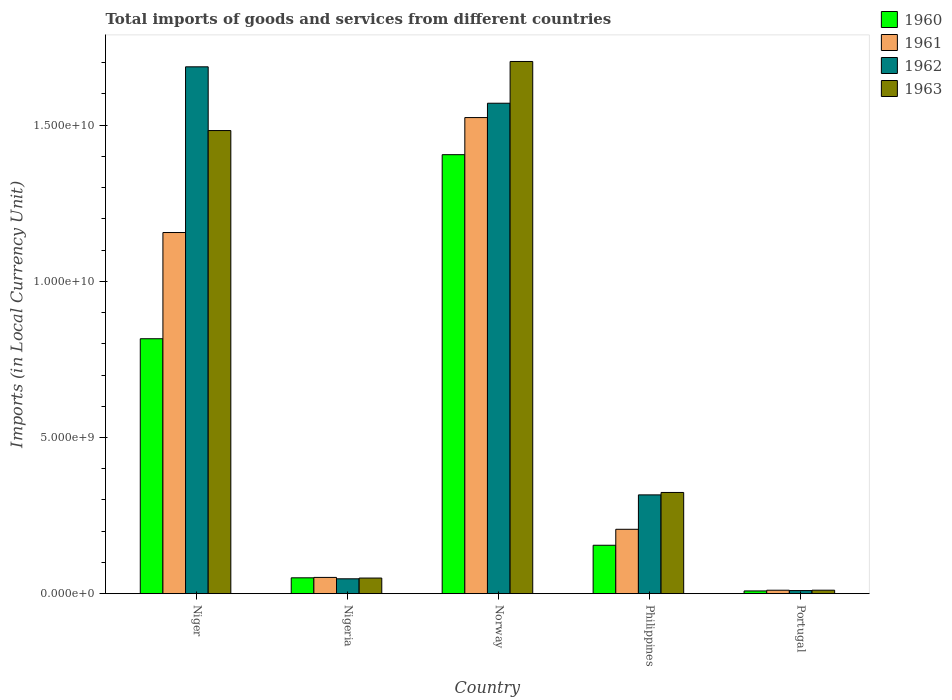
| Country | 1960 | 1961 | 1962 | 1963 |
 | --- | --- | --- | --- | --- |
 | Niger | 8.16e+09 | 1.16e+10 | 1.69e+10 | 1.48e+10 |
 | Nigeria | 5.07e+08 | 5.2e+08 | 4.76e+08 | 4.99e+08 |
 | Norway | 1.41e+10 | 1.52e+10 | 1.57e+10 | 1.7e+10 |
 | Philippines | 1.55e+09 | 2.06e+09 | 3.16e+09 | 3.24e+09 |
 | Portugal | 8.7e+07 | 1.1e+08 | 9.89e+07 | 1.11e+08 |